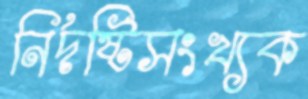
নির্দষ্টিসংখ্যক